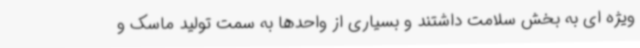
ویژه ای به بخش سلامت داشتند و بسیاری از واحدها به سمت تولید ماسک و